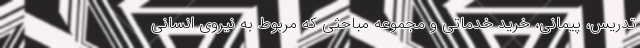
تدریس، پیمانی، خرید خدماتی و مجموعه مباحثی که مربوط به نیروی انسانی